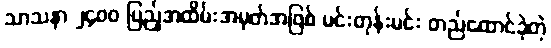
သာသနာ ၂၄၀၀ ပြည့်အထိမ်းအမှတ်အဖြစ် မင်းတုန်းမင်း တည်ထောင်ခဲ့တဲ့